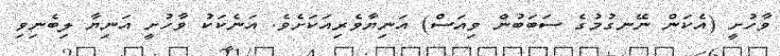
ވާހުށީ (އެކަން ނޭނގުމުގެ ސަބަބުން ވިއަސް) އަނިޔާވެރިއަކަށެވެ. އަނެކަކު ވާހުށީ އަނިޔާ ލިބެނިވި